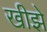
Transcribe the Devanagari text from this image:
खीझे